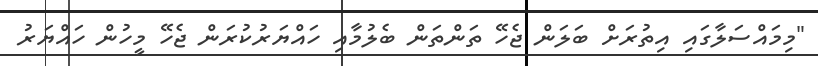
"މިމައްސަލާގައި އިތުރަށް ބަލަން ޖެހޭ ތަންތަން ބެލުމާއި ހައްޔަރުކުރަން ޖެހޭ މީހުން ހައްޔަރު